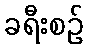
ခရီးစဉ်